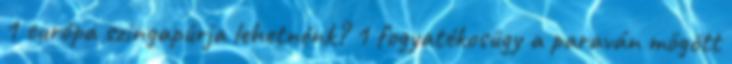
1 európa szingapúrja lehetnénk? 1 fogyatékosügy a paraván mögött